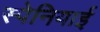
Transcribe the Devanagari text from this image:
स्‍पेनियाई